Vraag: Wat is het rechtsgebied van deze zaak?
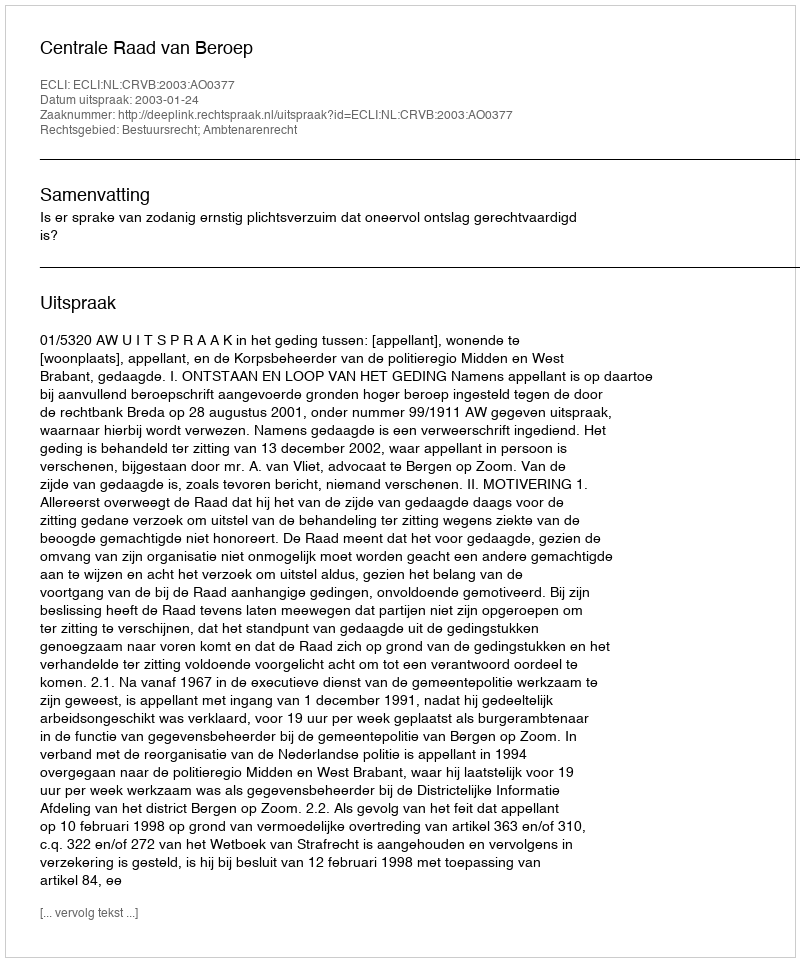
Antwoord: Bestuursrecht; Ambtenarenrecht